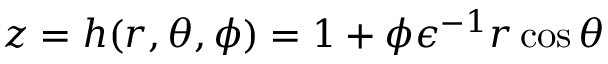
z = h ( r , \theta , \phi ) = 1 + \phi \epsilon ^ { - 1 } r \cos \theta